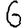
Digit: 6